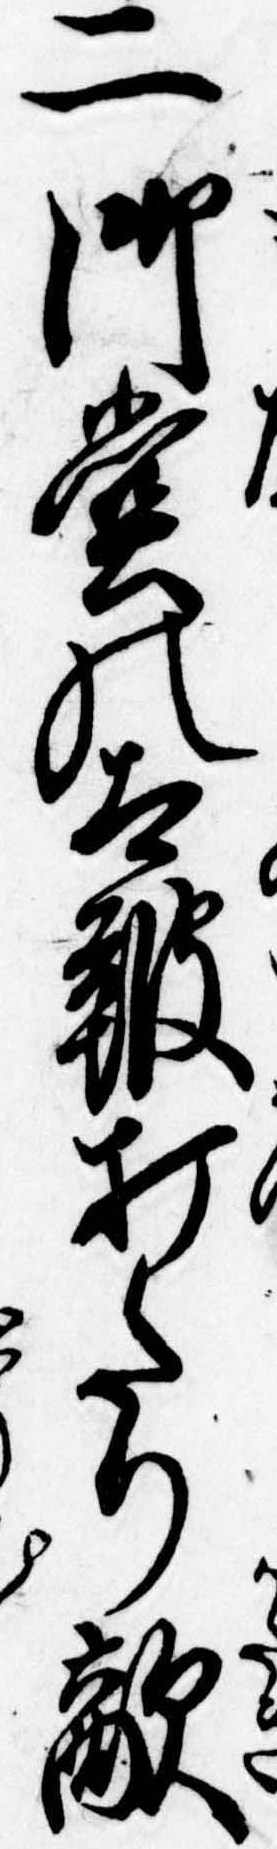
二御堂の太鼓打たり敵